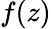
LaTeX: f(z)